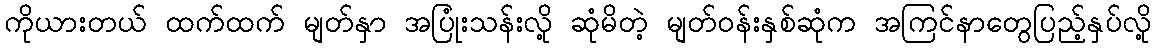
ကိုယားတယ် ထက်ထက် မျတ်နှာ အပြုံးသန်းလို့ ဆုံမိတဲ့ မျတ်ဝန်းနှစ်ဆုံက အကြင်နာတွေပြည့်နှပ်လို့